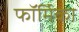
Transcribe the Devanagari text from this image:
फॉर्मिका